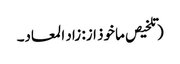
(تلخیص ماخوذ از: زاد المعاد۔